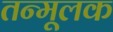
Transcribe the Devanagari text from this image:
तन्मूलक